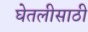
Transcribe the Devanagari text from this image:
घेतलीसाठी